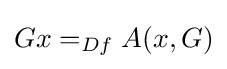
Gx=_{Df}A(x,G)